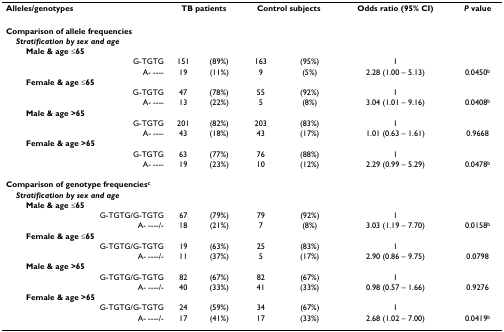
<table><thead><tr><td><b>Alleles/genotypes</b></td><td colspan="2"><b>TB patients</b></td><td colspan="2"><b>Control subjects</b></td><td><b>Odds ratio (95% CI)</b></td><td><b><i>P </i>value</b></td></tr></thead><tbody><tr><td colspan="7"><b>Comparison of allele frequencies</b></td></tr><tr><td> <b><i>Stratification by sex and age</i></b></td><td></td><td></td><td></td><td></td><td></td><td></td></tr><tr><td><b>Male &amp; age ≤65</b></td><td></td><td></td><td></td><td></td><td></td><td></td></tr><tr><td>G-TGTG</td><td>151</td><td>(89%)</td><td>163</td><td>(95%)</td><td>1</td><td></td></tr><tr><td>A- ----</td><td>19</td><td>(11%)</td><td>9</td><td>(5%)</td><td>2.28 (1.00 – 5.13)</td><td>0.0450<sup>b</sup></td></tr><tr><td><b>Female &amp; age ≤65</b></td><td></td><td></td><td></td><td></td><td></td><td></td></tr><tr><td>G-TGTG</td><td>47</td><td>(78%)</td><td>55</td><td>(92%)</td><td>1</td><td></td></tr><tr><td>A- ----</td><td>13</td><td>(22%)</td><td>5</td><td>(8%)</td><td>3.04 (1.01 – 9.16)</td><td>0.0408<sup>b</sup></td></tr><tr><td><b>Male &amp; age &gt;65</b></td><td></td><td></td><td></td><td></td><td></td><td></td></tr><tr><td>G-TGTG</td><td>201</td><td>(82%)</td><td>203</td><td>(83%)</td><td>1</td><td></td></tr><tr><td>A- ----</td><td>43</td><td>(18%)</td><td>43</td><td>(17%)</td><td>1.01 (0.63 – 1.61)</td><td>0.9668</td></tr><tr><td><b>Female &amp; age &gt;65</b></td><td></td><td></td><td></td><td></td><td></td><td></td></tr><tr><td>G-TGTG</td><td>63</td><td>(77%)</td><td>76</td><td>(88%)</td><td>1</td><td></td></tr><tr><td>A- ----</td><td>19</td><td>(23%)</td><td>10</td><td>(12%)</td><td>2.29 (0.99 – 5.29)</td><td>0.0478<sup>b</sup></td></tr><tr><td colspan="7"><b>Comparison of genotype frequencies<sup>c</sup></b></td></tr><tr><td> <b><i>Stratification by sex and age</i></b></td><td></td><td></td><td></td><td></td><td></td><td></td></tr><tr><td><b>Male &amp; age ≤65</b></td><td></td><td></td><td></td><td></td><td></td><td></td></tr><tr><td>G-TGTG/G-TGTG</td><td>67</td><td>(79%)</td><td>79</td><td>(92%)</td><td>1</td><td></td></tr><tr><td>A- ----/-</td><td>18</td><td>(21%)</td><td>7</td><td>(8%)</td><td>3.03 (1.19 – 7.70)</td><td>0.0158<sup>b</sup></td></tr><tr><td><b>Female &amp; age ≤65</b></td><td></td><td></td><td></td><td></td><td></td><td></td></tr><tr><td>G-TGTG/G-TGTG</td><td>19</td><td>(63%)</td><td>25</td><td>(83%)</td><td>1</td><td></td></tr><tr><td>A- ----/-</td><td>11</td><td>(37%)</td><td>5</td><td>(17%)</td><td>2.90 (0.86 – 9.75)</td><td>0.0798</td></tr><tr><td><b>Male &amp; age &gt;65</b></td><td></td><td></td><td></td><td></td><td></td><td></td></tr><tr><td>G-TGTG/G-TGTG</td><td>82</td><td>(67%)</td><td>82</td><td>(67%)</td><td>1</td><td></td></tr><tr><td>A- ----/-</td><td>40</td><td>(33%)</td><td>41</td><td>(33%)</td><td>0.98 (0.57 – 1.66)</td><td>0.9276</td></tr><tr><td><b>Female &amp; age &gt;65</b></td><td></td><td></td><td></td><td></td><td></td><td></td></tr><tr><td>G-TGTG/G-TGTG</td><td>24</td><td>(59%)</td><td>34</td><td>(67%)</td><td>1</td><td></td></tr><tr><td>A- ----/-</td><td>17</td><td>(41%)</td><td>17</td><td>(33%)</td><td>2.68 (1.02 – 7.00)</td><td>0.0419<sup>b</sup></td></tr></tbody></table>